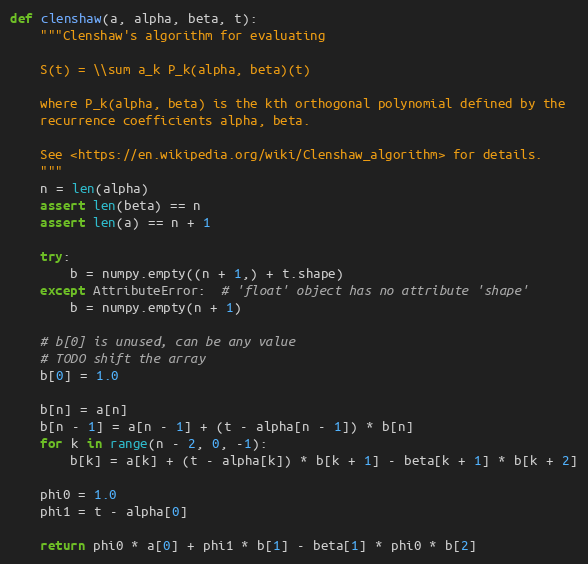
Language: Python
def clenshaw(a, alpha, beta, t):
    """Clenshaw's algorithm for evaluating

    S(t) = \\sum a_k P_k(alpha, beta)(t)

    where P_k(alpha, beta) is the kth orthogonal polynomial defined by the
    recurrence coefficients alpha, beta.

    See <https://en.wikipedia.org/wiki/Clenshaw_algorithm> for details.
    """
    n = len(alpha)
    assert len(beta) == n
    assert len(a) == n + 1

    try:
        b = numpy.empty((n + 1,) + t.shape)
    except AttributeError:  # 'float' object has no attribute 'shape'
        b = numpy.empty(n + 1)

    # b[0] is unused, can be any value
    # TODO shift the array
    b[0] = 1.0

    b[n] = a[n]
    b[n - 1] = a[n - 1] + (t - alpha[n - 1]) * b[n]
    for k in range(n - 2, 0, -1):
        b[k] = a[k] + (t - alpha[k]) * b[k + 1] - beta[k + 1] * b[k + 2]

    phi0 = 1.0
    phi1 = t - alpha[0]

    return phi0 * a[0] + phi1 * b[1] - beta[1] * phi0 * b[2]